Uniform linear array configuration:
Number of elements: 12
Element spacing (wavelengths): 0.25
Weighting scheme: hann
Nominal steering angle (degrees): -45
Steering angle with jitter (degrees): -44.132
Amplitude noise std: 0.05
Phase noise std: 0.05

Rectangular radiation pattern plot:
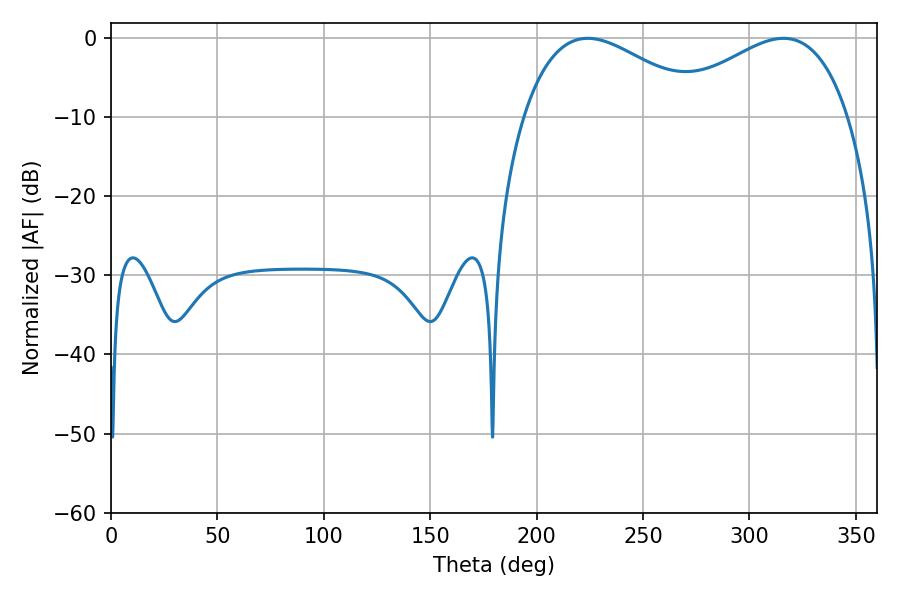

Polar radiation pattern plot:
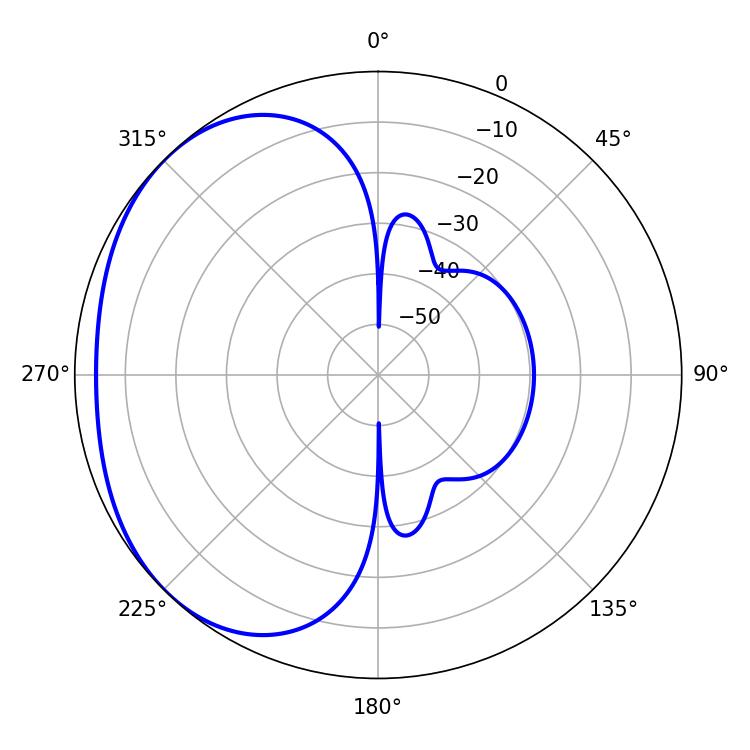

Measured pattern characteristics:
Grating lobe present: FALSE
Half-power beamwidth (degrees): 46.8
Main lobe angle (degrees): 223.92